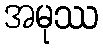
အမုဿ